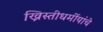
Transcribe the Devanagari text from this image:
ख्रिस्तीधर्मीयांचे